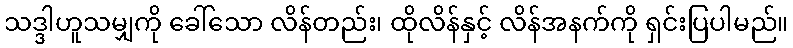
သဒ္ဒါဟူသမျှကို ခေါ်သော လိန်တည်း၊ ထိုလိန်နှင့် လိန်အနက်ကို ရှင်းပြပါမည်။